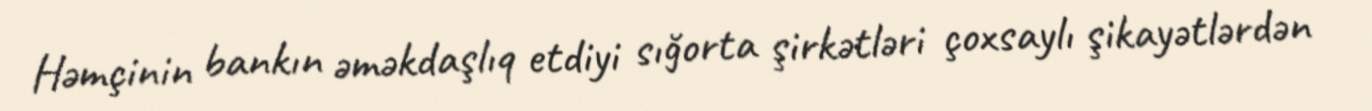
Həmçinin bankın əməkdaşlıq etdiyi sığorta şirkətləri çoxsaylı şikayətlərdən